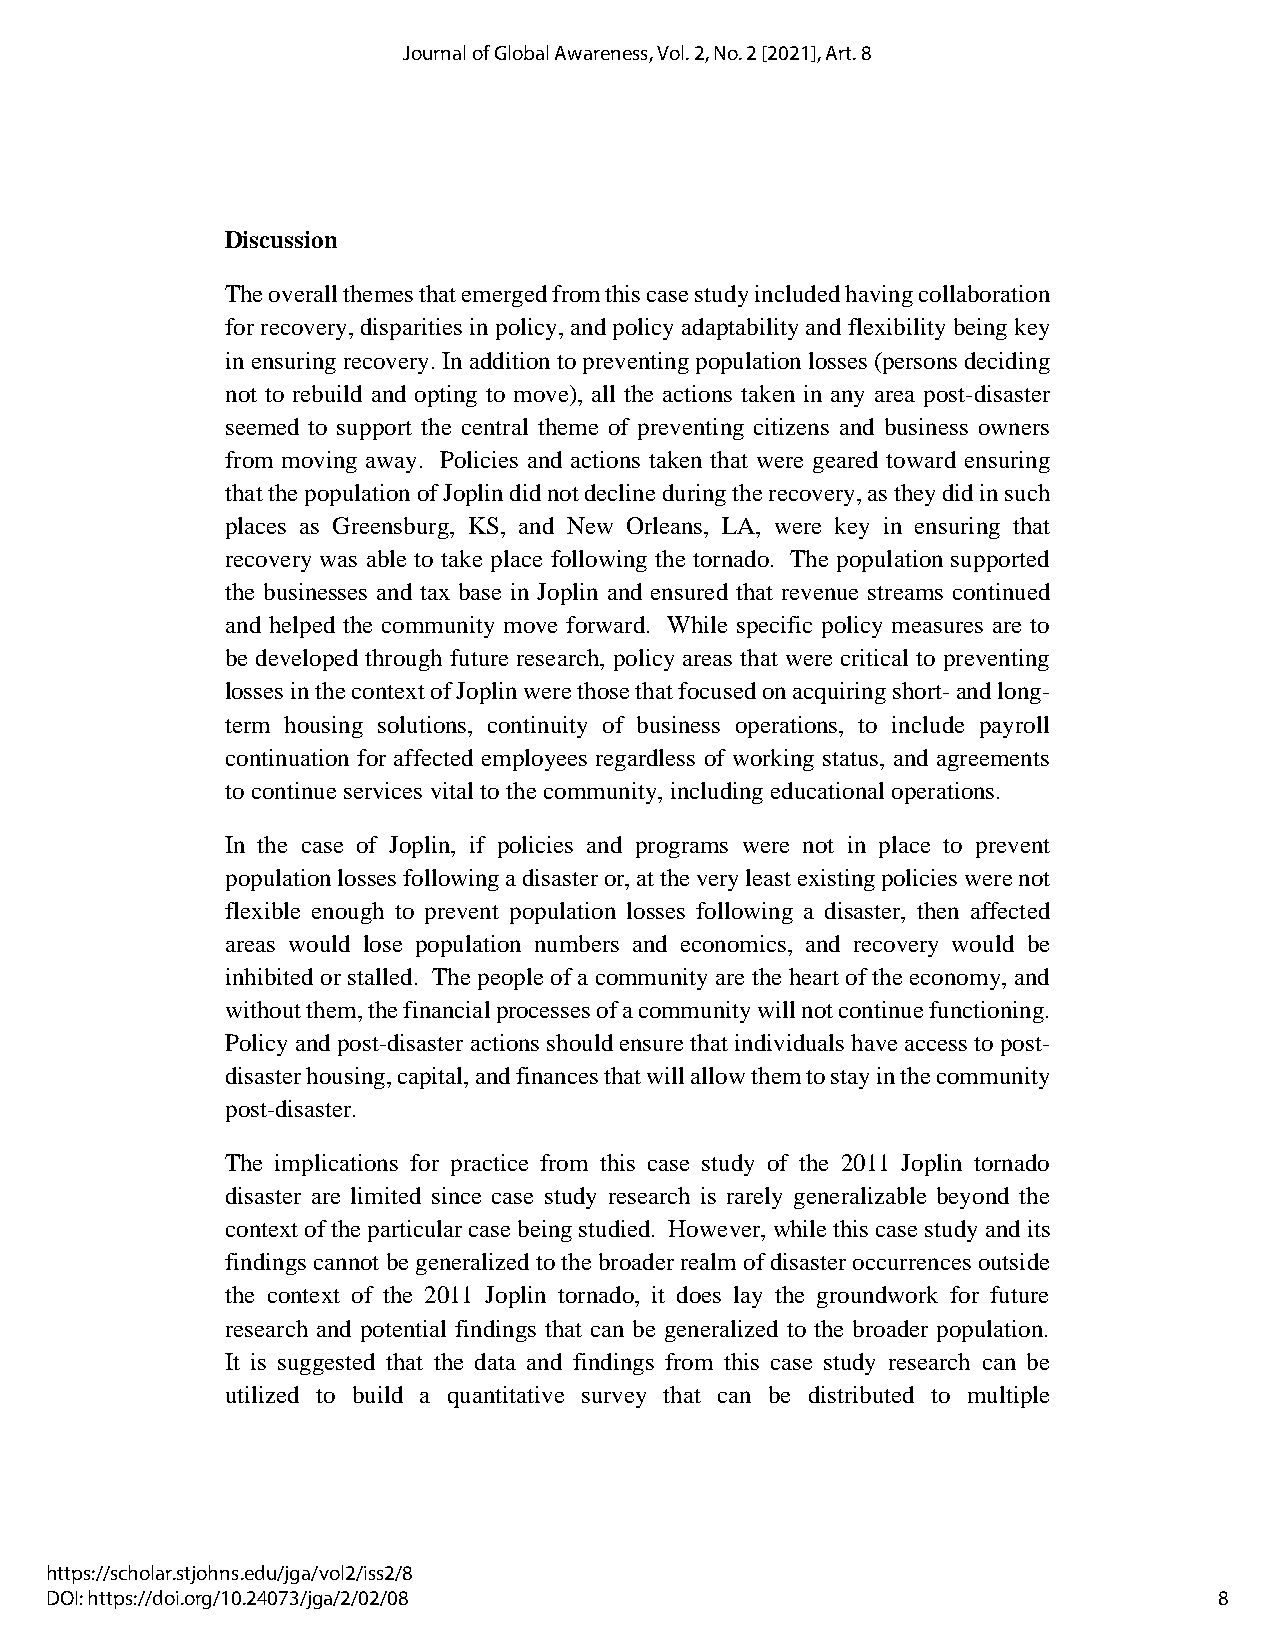
Journal of Global Awareness, Vol. 2, No. 2 [2021], Art. 8
 Discussion
 The overall themes that emerged from this case study included having collaboration
 for recovery, disparities in policy, and policy adaptability and flexibility being key
 in ensuring recovery. In addition to preventing population losses (persons deciding
 not to rebuild and opting to move), all the actions taken in any area post-disaster
 seemed to support the central theme of preventing citizens and business owners
 from moving away. Policies and actions taken that were geared toward ensuring
 that the population of Joplin did not decline during the recovery, as they did in such
 places as Greensburg, KS, and New Orleans, LA, were key in ensuring that
 recovery was able to take place following the tornado. The population supported
 the businesses and tax base in Joplin and ensured that revenue streams continued
 and helped the community move forward. While specific policy measures are to
 be developed through future research, policy areas that were critical to preventing
 losses in the context of Joplin were those that focused on acquiring short- and long-
 term housing solutions, continuity of business operations, to include payroll
 continuation for affected employees regardless of working status, and agreements
 to continue services vital to the community, including educational operations.
 In the case of Joplin, if policies and programs were not in place to prevent
 population losses following a disaster or, at the very least existing policies were not
 flexible enough to prevent population losses following a disaster, then affected
 areas would lose population numbers and economics, and recovery would be
 inhibited or stalled. The people of a community are the heart of the economy, and
 without them, the financial processes of a community will not continue functioning.
 Policy and post-disaster actions should ensure that individuals have access to post-
 disaster housing, capital, and finances that will allow them to stay in the community
 post-disaster.
 The implications for practice from this case study of the 2011 Joplin tornado
 disaster are limited since case study research is rarely generalizable beyond the
 context of the particular case being studied. However, while this case study and its
 findings cannot be generalized to the broader realm of disaster occurrences outside
 the context of the 2011 Joplin tornado, it does lay the groundwork for future
 research and potential findings that can be generalized to the broader population.
 It is suggested that the data and findings from this case study research can be
 utilized to build a quantitative survey that can be distributed to multiple
 https://scholar.stjohns.edu/jga/vol2/iss2/8
 DOI: https://doi.org/10.24073/jga/2/02/08                                     8